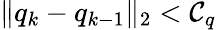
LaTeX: \| q_{k}-q_{k-1}\| _{2}<\mathcal{C}_{q}